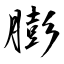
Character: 膨